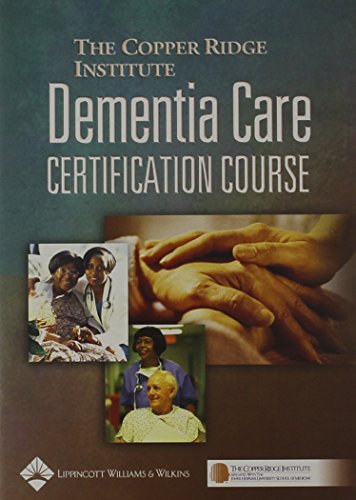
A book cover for Dementia Care Certification Course, Single User; Copper Ridge Institute affiliated with Johns Hopkins Univ. School of Medici; Medical Books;